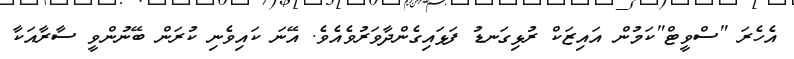
އެހެރަ "ސްވީޓް"ކަމުން އައިޒަކް ރުޅިގަނޑު ފަޅައިގެންދާވަރުވެއެވެ. އޭނަ ކައިވެނި ކުރަން ބޭނުންވީ ސާރާއަކާ